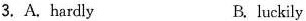
3. A. hardly B. luckily